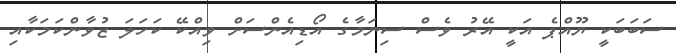
ސަބަބަކީ ޔޫއްޕެ އަކީ އޭރު ވެސް ސިނަމާގެ އޯޑިއެންސަށް ވިއްކޭ ކަހަލަ ޒުވާންކަމަކާއި